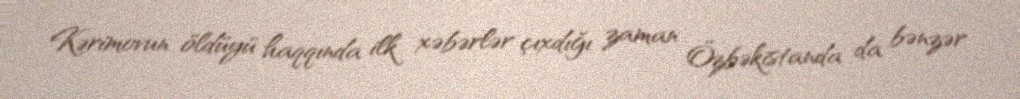
Kərimovun öldüyü haqqında ilk xəbərlər çıxdığı zaman Özbəkistanda da bənzər